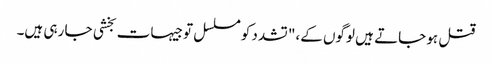
قتل ہو جاتے ہیں لوگوں کے،" تشدد کو مسلسل توجیہات بخشی جا رہی ہیں۔